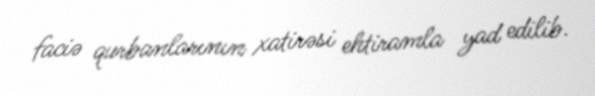
faciə qurbanlarının xatirəsi ehtiramla yad edilib.